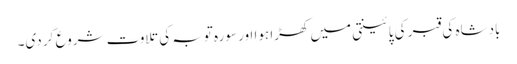
بادشاہ کی قبر کی پائینتی میں کھڑا ہوا اور سورہ توبہ کی تلاوت شروع کر دی۔